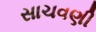
સાચવણી